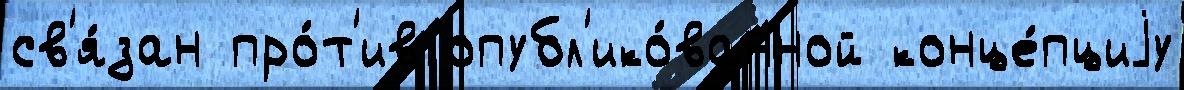
св'я́зан про́т'ив опубл'ико́ванной конце́пциjу